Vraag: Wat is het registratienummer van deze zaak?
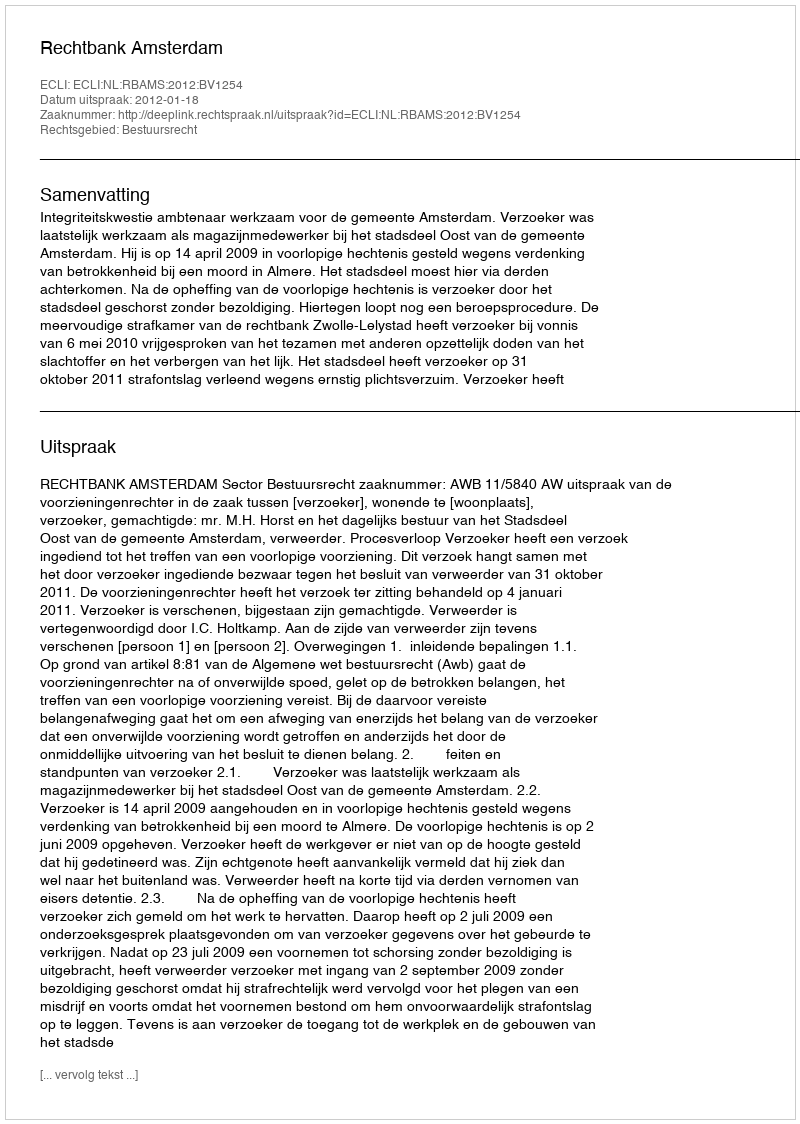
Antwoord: http://deeplink.rechtspraak.nl/uitspraak?id=ECLI:NL:RBAMS:2012:BV1254